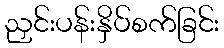
ညှင်းပန်းနှိပ်စက်ခြင်း